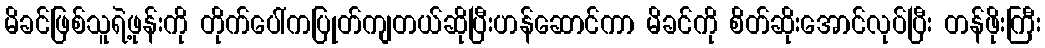
မိခင်ဖြစ်သူရဲ့ဖုန်းကို တိုက်ပေါ်ကပြုတ်ကျတယ်ဆိုပြီးဟန်ဆောင်ကာ မိခင်ကို စိတ်ဆိုးအောင်လုပ်ပြီး တန်ဖိုးကြီး